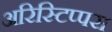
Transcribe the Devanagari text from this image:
अरिस्टिप्पस